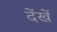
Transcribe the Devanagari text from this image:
देंखें